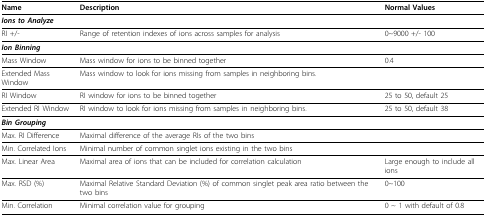
<table><thead><tr><td><b>Name</b></td><td><b>Description</b></td><td><b>Normal Values</b></td></tr></thead><tbody><tr><td colspan="3"><b><i>Ions to Analyze</i></b></td></tr><tr><td>RI +/-</td><td>Range of retention indexes of ions across samples for analysis</td><td>0~9000 +/- 100</td></tr><tr><td colspan="3"><b><i>Ion Binning</i></b></td></tr><tr><td>Mass Window</td><td>Mass window for ions to be binned together</td><td>0.4</td></tr><tr><td>Extended Mass Window</td><td>Mass window to look for ions missing from samples in neighboring bins.</td><td>[EMPTY_CELL]</td></tr><tr><td>RI Window</td><td>RI window for ions to be binned together</td><td>25 to 50, default 25</td></tr><tr><td>Extended RI Window</td><td>RI window to look for ions missing from samples in neighboring bins.</td><td>25 to 50, default 38</td></tr><tr><td colspan="3"><b><i>Bin Grouping</i></b></td></tr><tr><td>Max. RI Difference</td><td>Maximal difference of the average RIs of the two bins</td><td>[EMPTY_CELL]</td></tr><tr><td>Min. Correlated Ions</td><td>Minimal number of common singlet ions existing in the two bins</td><td>[EMPTY_CELL]</td></tr><tr><td>Max. Linear Area</td><td>Maximal area of ions that can be included for correlation calculation</td><td>Large enough to include all ions</td></tr><tr><td>Max. RSD (%)</td><td>Maximal Relative Standard Deviation (%) of common singlet peak area ratio between the two bins</td><td>0~100</td></tr><tr><td>Min. Correlation</td><td>Minimal correlation value for grouping</td><td>0 ~ 1 with default of 0.8</td></tr></tbody></table>